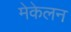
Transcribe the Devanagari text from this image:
मेकेलन